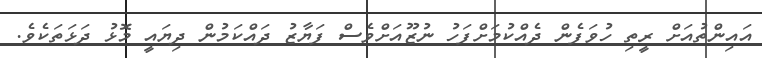
އައިންތުއަށް ރީތި ހުވަފެން ދެއްކުމަށްފަހު ނުޒޫއަށްވެސް ފަޔާޒު ދައްކަމުން ދިޔައީ މޮޅު ދަޅަތަކެވެ.